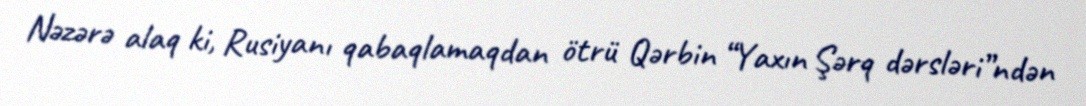
Nəzərə alaq ki, Rusiyanı qabaqlamaqdan ötrü Qərbin “Yaxın Şərq dərsləri”ndən